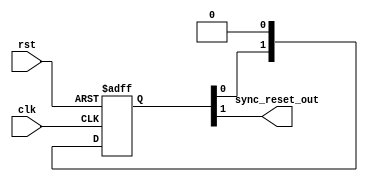


// Language: Verilog-2001

`timescale 1 ns / 1 ps

/*
 * Synchronizes an active-high asynchronous reset signal to a given clock by
 * using a pipeline of N registers.
 */
module sync_reset #(
    parameter N=2 // depth of synchronizer
)(
    input wire clk,
    input wire rst,
    output wire sync_reset_out
);

reg [N-1:0] sync_reg = {N{1'b1}};

assign sync_reset_out = sync_reg[N-1];

always @(posedge clk or posedge rst) begin
    if (rst)
        sync_reg <= {N{1'b1}};
    else
        sync_reg <= {sync_reg[N-2:0], 1'b0};
end

endmodule